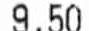
9.50